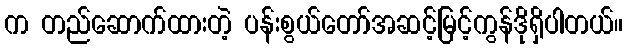
က တည်ဆောက်ထားတဲ့ ပန်းစွယ်တော်အဆင့်မြင့်ကွန်ဒိုရှိပါတယ်။